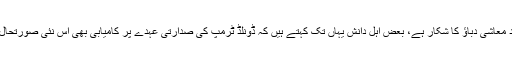
اس وقت امریکہ شدید معاشی دباؤ کا شکار ہے، بعض اہل دانش یہاں تک کہتے ہیں کہ ڈونلڈ ٹرمپ کی صدارتی عہدے پر کامیابی بھی اس نئی صورتحال کے سبب ہوئی ہے۔